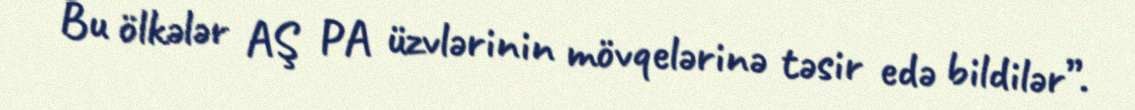
Bu ölkələr AŞ PA üzvlərinin mövqelərinə təsir edə bildilər”.